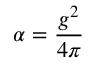
\alpha = { \frac { g ^ { 2 } } { 4 \pi } }